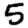
Digit: 5